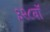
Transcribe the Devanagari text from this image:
३२८वॉ